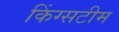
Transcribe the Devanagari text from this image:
किंग्सटीम